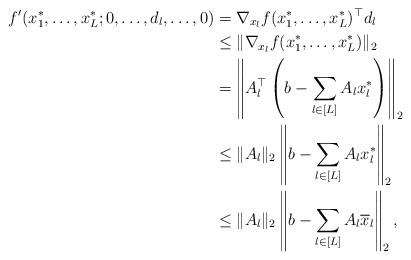
\begin{align*}f'(x_1^*,\ldots,x_L^*;0,\ldots,d_l,\ldots,0) &=\nabla_{x_l}f(x_1^*,\ldots,x_L^*)^\top d_l\\&\le\|\nabla_{x_l}f(x_1^*,\ldots,x_L^*)\|_2\\&=\left\|A_l^\top\left(b-\sum_{l\in[L]}A_lx_l^*\right)\right\|_2\\&\le\|A_l\|_2\left\|b-\sum_{l\in[L]}A_lx_l^*\right\|_2\\&\le\|A_l\|_2\left\|b-\sum_{l\in[L]}A_l\overline{x}_l\right\|_2,\end{align*}